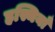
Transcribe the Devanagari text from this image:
हस्थियाँ